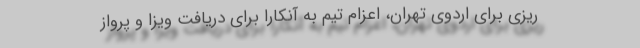
‌‌ریزی برای اردوی تهران، اعزام تیم به آنکارا برای دریافت ویزا و پرواز